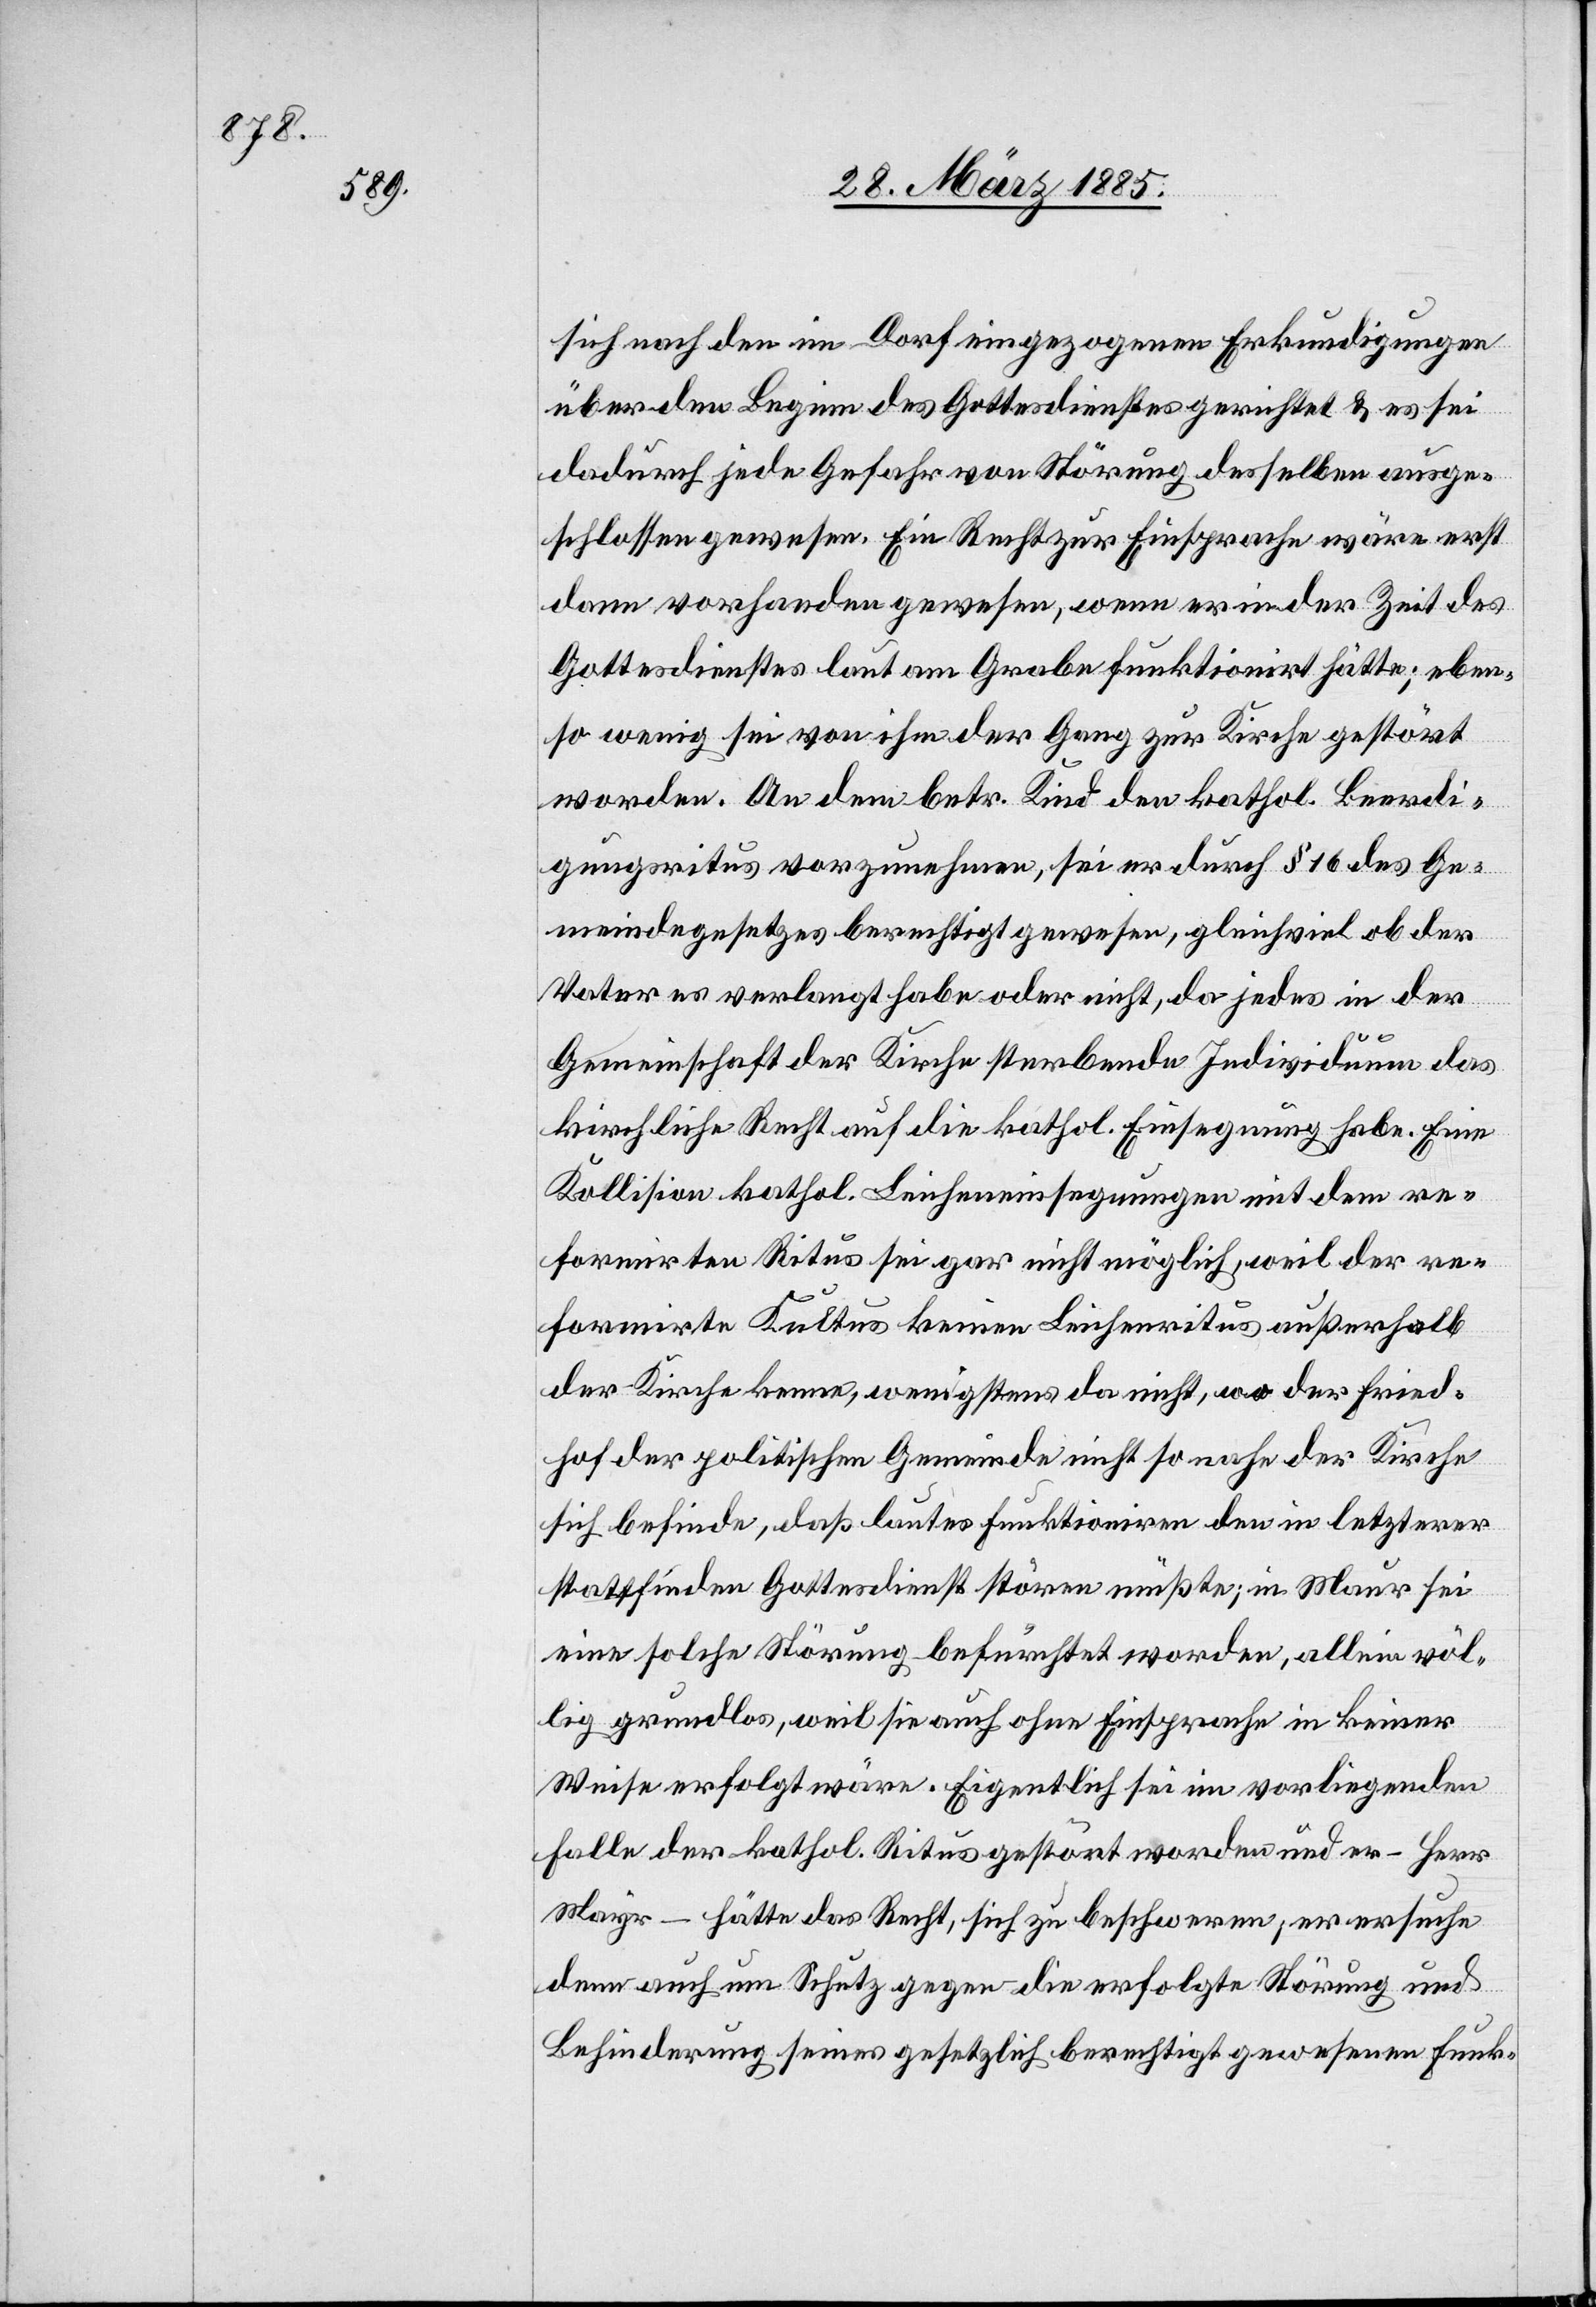
sich nach den im Dorf eingezogenen Erkundigungen
über den Beginn des Gottesdienstes gerichtet & es sei
dadurch jede Gefahr von Störung desselben ausge¬
schlossen gewesen. Ein Recht zur Einsprache wäre erst
dann vorhanden gewesen, wenn er in der Zeit des
Gottesdienstes laut am Grabe funktionirt hätte; eben¬
so wenig sei von ihm der Gang zur Kirche gestört
worden. An dem betr. Kind den kathol. Beerdi¬
gungsritus vorzunehmen, sei er durch § 16 des Ge¬
meindegesetzes berechtigt gewesen, gleichviel ob der
Vater es verlangt habe oder nicht, da jedes in der
Gemeinschaft der Kirche sterbende Individuum das
kirchliche Recht auf die kathol. Einsegnung habe. Eine
Kollision kathol. Leicheneinsegnungen mit dem re¬
formirten Ritus sei gar nicht möglich, weil der re¬
formirte Kultus keinen Leichenritus außerhalb
der Kirche kenne, wenigstens da nicht, wo der Fried¬
hof der politischen Gemeinde nicht so nahe der Kirche
sich befinde, daß lautes Funktioniren den in letzterer
stattfinden[den] Gottesdienst stören müßte; in Maur sei
eine solche Störung befürchtet worden, allein völ¬
lig grundlos, weil sie auch ohne Einsprache in keiner
Weise erfolgt wäre. Eigentlich sei im vorliegenden
Falle der kathol. Ritus gestört worden und er – Herr
Mayr– hätte das Recht, sich zu beschweren, er ersuche
denn auch um Schutz gegen die erfolgte Störung und
Behinderung seines gesetzlich berechtigt gewesenen Funk-